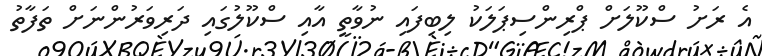
އެ ރަށު ސްކޫލަށް ޕްރިންސިޕަލަކު ލިބިފައި ނުވާތީ އާއި ސްކޫލުގައި ދަރިވަރުންނަށް ތަފާތު